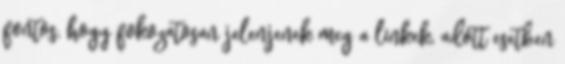
fontos, hogy fokozatosan jelenjenek meg a linkek, adott esetben